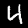
Label: 4